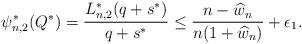
LaTeX: \begin{align*} \psi_{n,2}^{\ast}(Q^{\ast})=\frac{L_{n,2}^{\ast}(q+s^{\ast})}{q+s^{\ast}} \leq \frac{n-\widehat{w}_{n}}{n(1+\widehat{w}_{n})}+\epsilon_{1}.\end{align*}